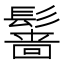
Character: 𲌡